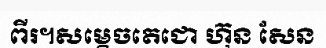
ពីរ។សម្តេចតេជោ ហ៊ុន សែន